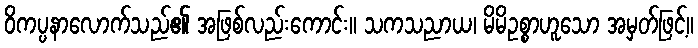
ဝိကပ္ပနာလောက်သည်၏ အဖြစ်လည်းကောင်း။ သကသညာယ၊ မိမိဥစ္စာဟူသော အမှတ်ဖြင့်။